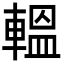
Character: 轀